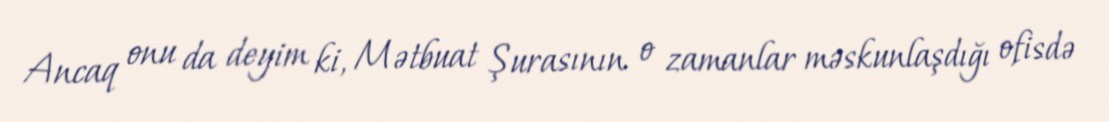
Ancaq onu da deyim ki, Mətbuat Şurasının o zamanlar məskunlaşdığı ofisdə